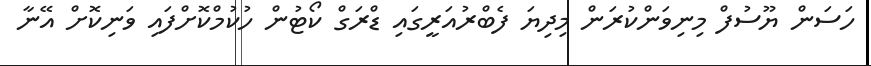
ހަސަން ޔޫސުފް މިނިވަންކުރަން މިދިޔަ ފެބްރުއަރީގައި ޑްރަގް ކޯޓުން ހުކުމްކޮށްފައި ވަނިކޮށް އޭނާ